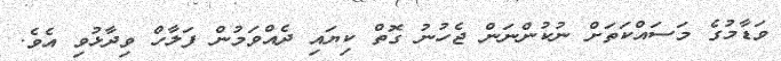
ވަޑާމުގެ މަސައްކަތަށް ނުކުންނަން ޖެހުނު ގޮތް ކިޔައި ދެއްވަމުން ފަލާހް ވިދާޅުވި އެވެ.